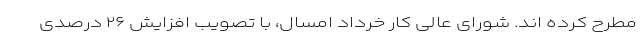
مطرح کرده اند. شورای عالی کار خرداد امسال، با تصویب افزایش ۲۶ درصدی